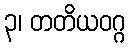
၃၊ တတိယဝဂ္ဂ